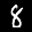
Label: 8